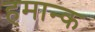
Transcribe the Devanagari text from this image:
हमान्क